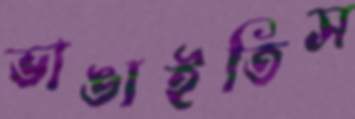
ভাঙাইতিস